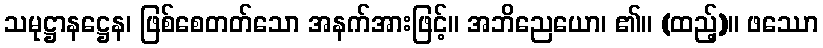
သမုဋ္ဌာနဋ္ဌေန၊ ဖြစ်စေတတ်သော အနက်အားဖြင့်။ အဘိညေယော၊ ၏။ (ထည့်)။ ဖဿော